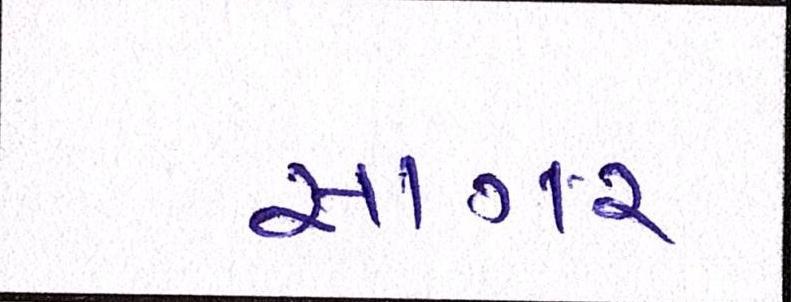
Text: સાગર